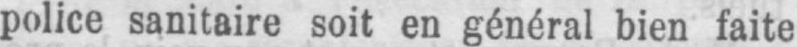
police sanitaire soit en général bien faite